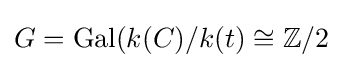
G=\operatorname {Gal} (k(C)/k(t)\cong \mathbb {Z} /2